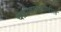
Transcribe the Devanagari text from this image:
चक्रीवादळांतील